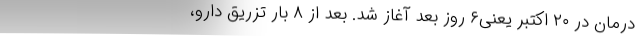
درمان در ۲۰ اکتبر یعنی۶ روز بعد آغاز شد. بعد از ۸ بار تزریق دارو،